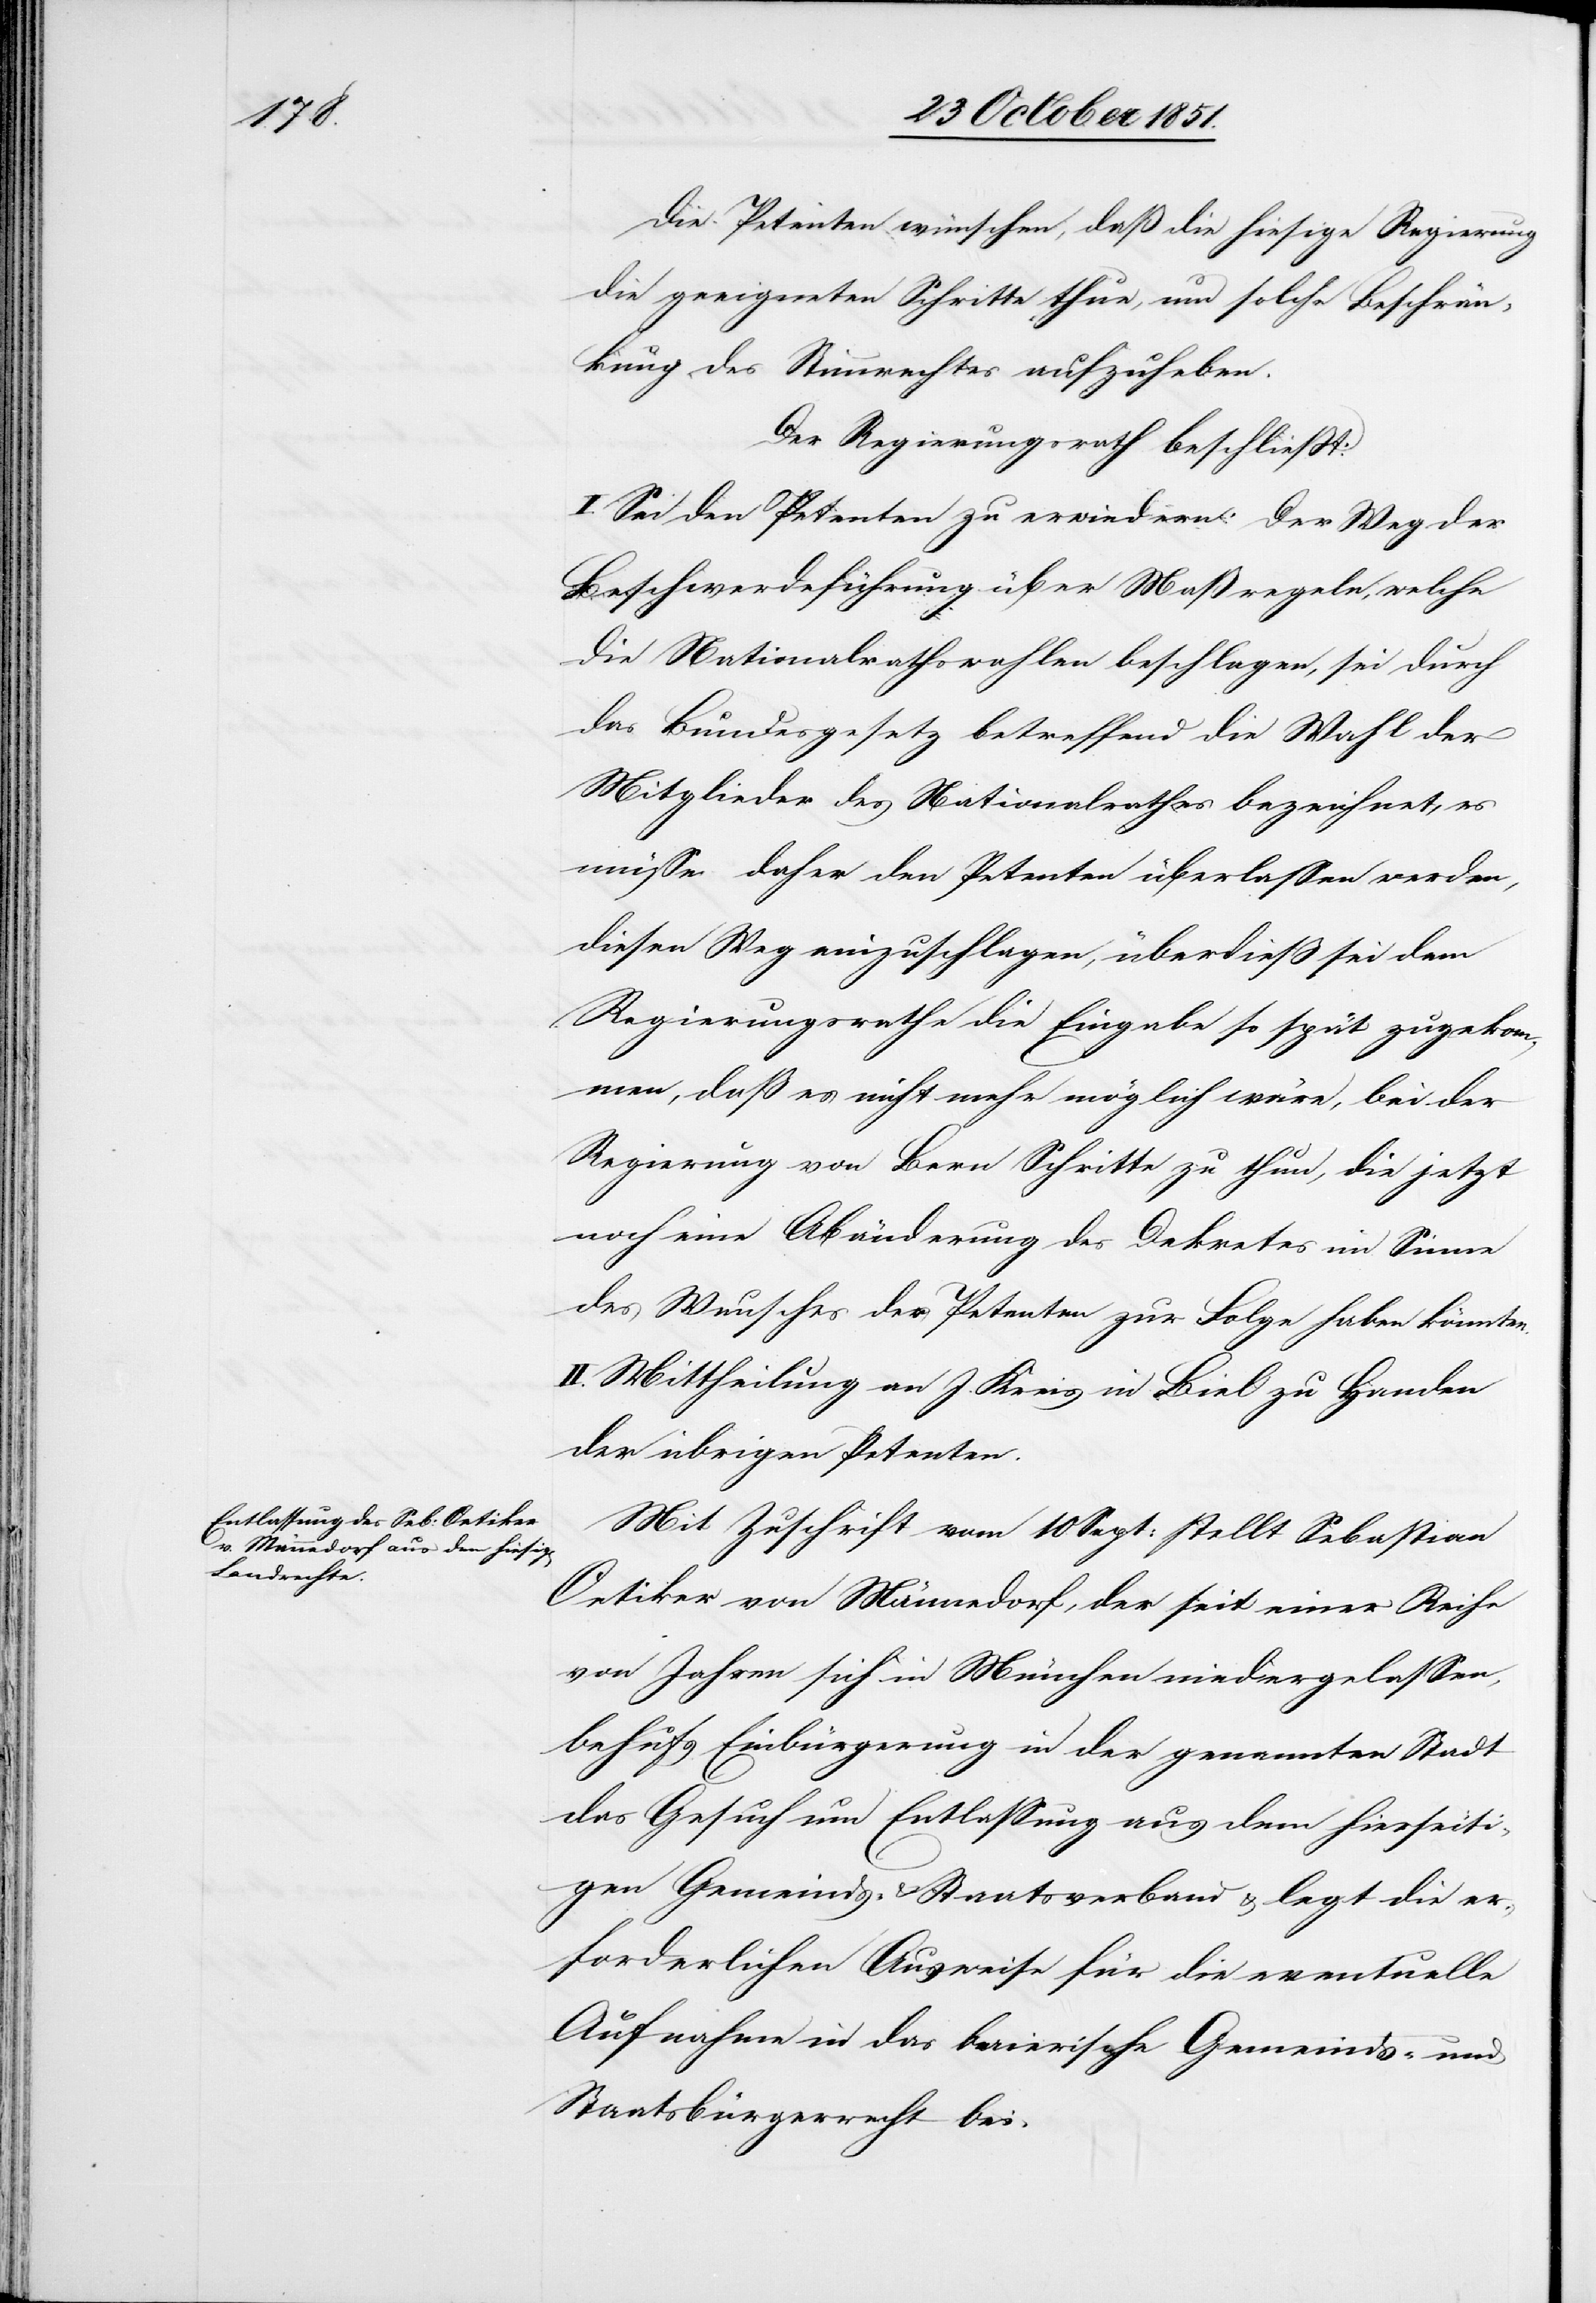
Die Petenten wünschen, daß die hiesige Regierung
die geeigneten Schritte thue, um solche Beschrän¬
kung des Stimmrechtes aufzuheben.
Der Regierungsrath beschließt:
I. Sei den Petenten zu erwiedern: Der Weg der
Beschwerdeführung über Maßregeln, welche
die Nationalrathswahlen beschlagen, sei durch
das Bundesgesetz betreffend die Wahl der
Mitglieder des Nationalrathes bezeichnet, es
müsse daher den Petenten überlassen werden,
diesen Weg einzuschlagen, überdieß sei dem
Regierungsrathe die Eingabe so spät zugekom¬
men, daß es nicht mehr möglich wäre, bei der
Regierung von Bern Schritte zu thun, die jetzt
noch eine Abänderung des Dekretes im Sinne
des Wunsches der Petenten zur Folge haben könnten.
II. Mittheilung an J. Kreis in Biel zu Handen
der übrigen Petenten.
Mit Zuschrift vom 10 Sept: stellt Sebastian
Oetiker von Männedorf, der seit einer Reihe
von Jahren sich in München niedergelassen,
behufs Einbürgerung in der genannten Stadt
das Gesuch um Entlassung aus dem hierseiti¬
gen Gemeinds- & Staatsverband & legt die er¬
forderlichen Ausweise für die eventuelle
Aufnahme in das baierische Gemeinds- und
Staatsbürgerrecht bei.